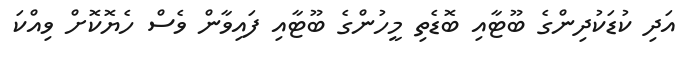
އަދި ކުޑަކުދިންގެ ބޫޓާއި ބޮޑެތި މީހުންގެ ބޫޓާއި ފައިވާން ވެސް ހެޔޮކޮށް ވިއްކަ